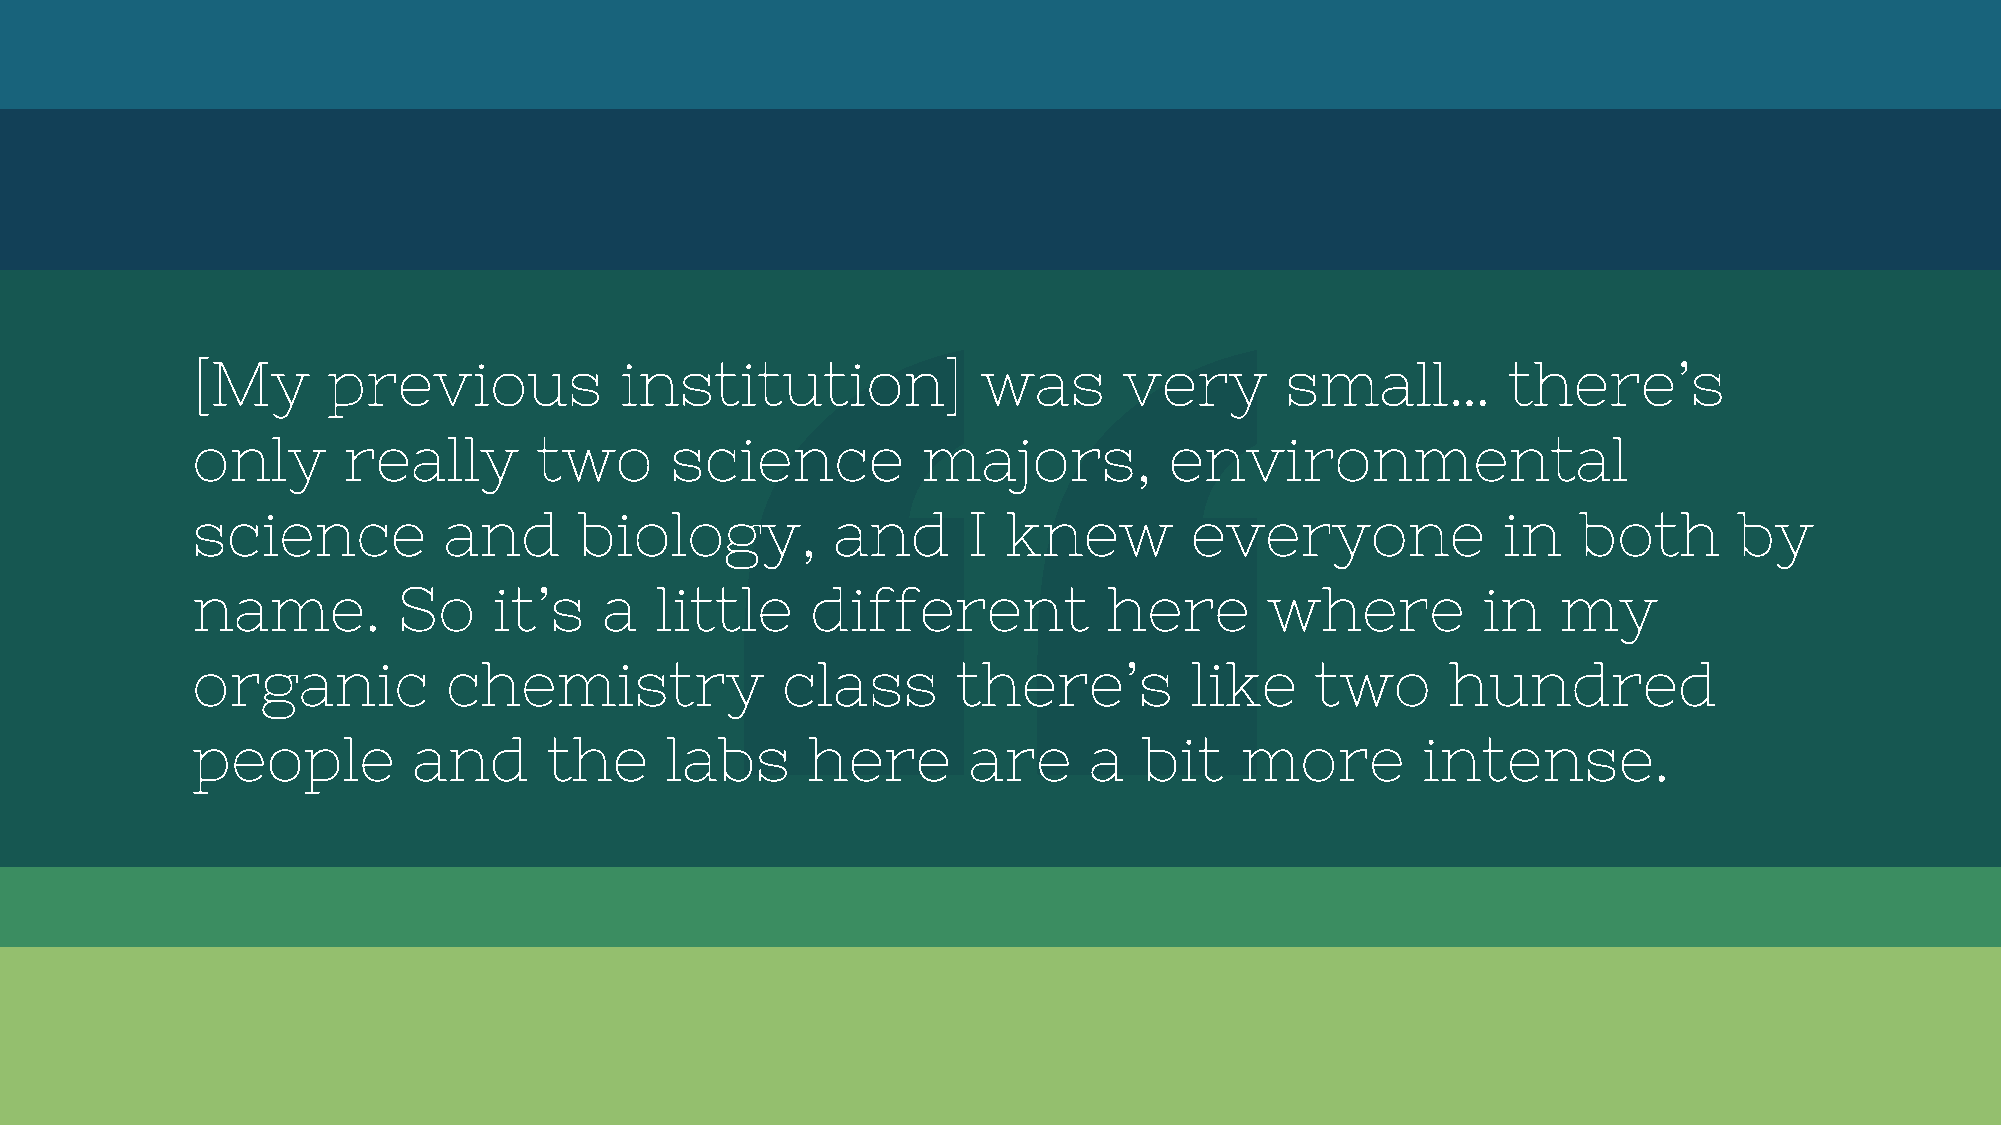
[My      previous           institution]            was      very       small…         there’s
 only      really      two      science          majors,         environmental
 science         and      biology,         and      I  knew        everyone            in    both      by
 name.        So     it’s   a  little     different          here       where         in   my
 organic          chemistry             class      there’s         like    two      hundred
 people        and      the     labs     here       are     a   bit   more        intense.